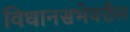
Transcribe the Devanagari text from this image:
विधानसभेवरील